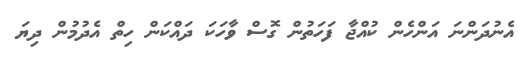
އެނުދަންނަ އަންހެން ކުއްޖާ ފަހަތުން ގޮސް ވާހަކަ ދައްކަން ހިތް އެދުމުން ދިޔަ